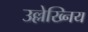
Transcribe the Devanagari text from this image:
उल्लेख्निय